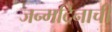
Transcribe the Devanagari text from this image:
जन्मदिनाची